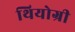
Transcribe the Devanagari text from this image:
थियोग्री